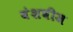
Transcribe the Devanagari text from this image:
वंशबीज